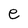
Character: e